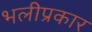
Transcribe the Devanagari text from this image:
भलीप्रकार